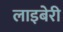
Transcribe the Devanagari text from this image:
लाइबेरी